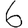
Digit: 6